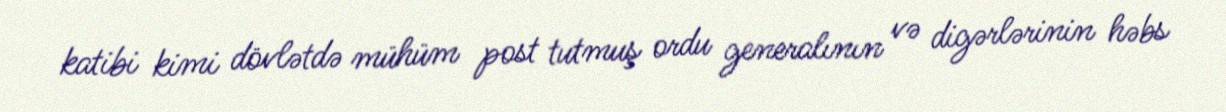
katibi kimi dövlətdə mühüm post tutmuş ordu generalının və digərlərinin həbs